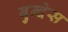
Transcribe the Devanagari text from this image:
बुन्देस